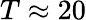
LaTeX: T\approx 20